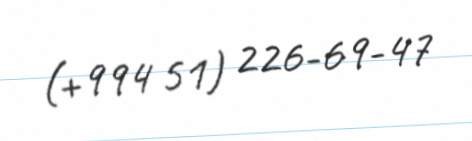
(+994 51) 226-69-47